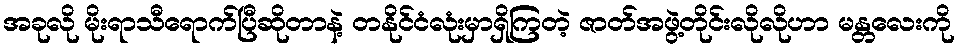
အခုလို မိုးရာသီရောက်ပြီဆိုတာနဲ့ တနိုင်ငံလုံးမှာရှိကြတဲ့ ဇာတ်အဖွဲ့တိုင်းလိုလိုဟာ မန္တလေးကို